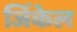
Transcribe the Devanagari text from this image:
जिंकेल